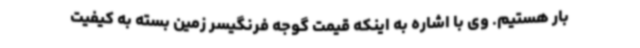
بار هستیم. وی با اشاره به اینکه قیمت گوجه فرنگیسر زمین بسته به کیفیت